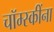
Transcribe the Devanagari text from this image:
चॉम्स्कींना